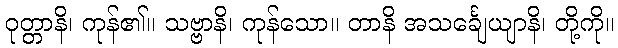
ဝုတ္တာနိ၊ ကုန်၏။ သဗ္ဗာနိ၊ ကုန်သော။ တာနိ အသင်္ချေယျာနိ၊ တို့ကို။